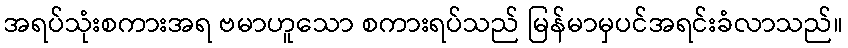
အရပ်သုံးစကားအရ ဗမာဟူသော စကားရပ်သည် မြန်မာမှပင်အရင်းခံလာသည်။